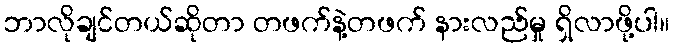
ဘာလိုချင်တယ်ဆိုတာ တဖက်နဲ့တဖက် နားလည်မှု ရှိလာဖို့ပါ။